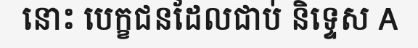
នោះ បេក្ខជនដែលជាប់ និទ្ទេស A